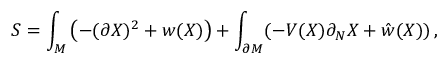
S = \int _ { \cal M } \left( - ( \partial X ) ^ { 2 } + w ( X ) \right) + \int _ { \partial { \cal M } } ( - V ( X ) \partial _ { N } X + \hat { w } ( X ) ) \, ,